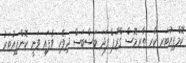
ކޮމްޕިއުޓަރ ކާރ ތާރމޮސް ގްރޫޕް ފަދަ ބަސްބަސް ދިވެހި ވެފައި ވަނީ ކޮންޕިއުޓަރު